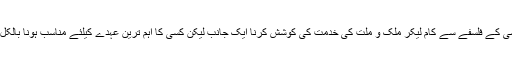
کسی لکھاری کا کسی کے فلسفے سے کام لیکر ملک و ملت کی خدمت کی کوشش کرنا ایک جانب لیکن کسی کا اہم ترین عہدے کیلئے مناسب ہونا بالکل مختلف معاملہ ہے۔